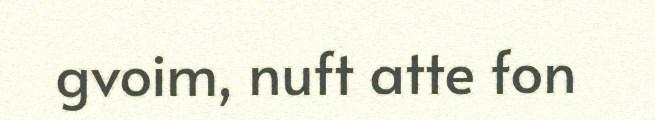
gvoim, nuft atte fon